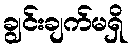
ချွင်းချက်မရှိ